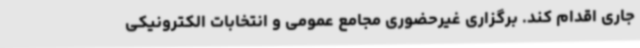
جاری اقدام کند. برگزاری غیرحضوری مجامع عمومی و انتخابات الکترونیکی